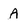
Character: A